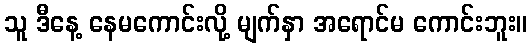
သူ ဒီနေ့ နေမကောင်းလို့ မျက်နှာ အရောင်မ ကောင်းဘူး။